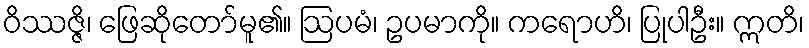
ဝိဿဇ္ဇိ၊ ဖြေဆိုတော်မူ၏။ ဩပမံ၊ ဥပမာကို။ ကရောဟိ၊ ပြုပါဦး။ ဣတိ၊